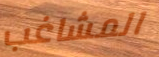
المشاغب